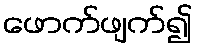
ဖောက်ဖျက်၍